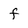
Character: f